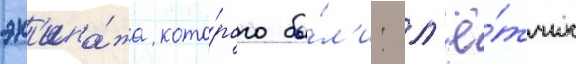
эк'ипа́жа кото́рого бы́л'и: л'ё́тчик